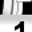
Digit: 1